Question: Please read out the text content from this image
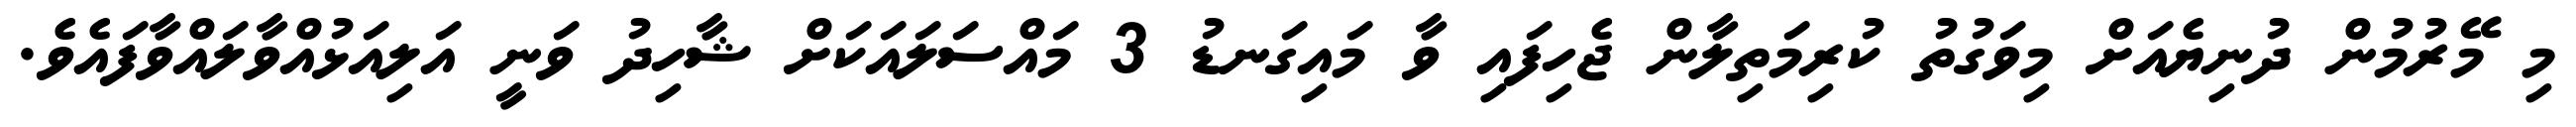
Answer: މި މޭރުމުން ދުނިޔެއަށް މިވަގުތު ކުރިމަތިލާން ޖެހިފައި ވާ މައިގަނޑު 3 މައްސަލައަކަށް ޝާހިދު ވަނީ އަލިއަޅުއްވާލައްވާފައެވެ.